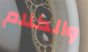
والكلام